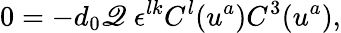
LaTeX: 0=-d_{0}\mathscr{Q}\; \epsilon^{lk}C^{l}(u^{a})C^{3}(u^{a}),